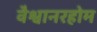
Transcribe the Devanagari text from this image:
वैश्वानरहोम